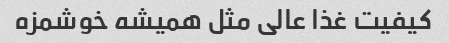
کیفیت غذا عالی مثل همیشه خوشمزه